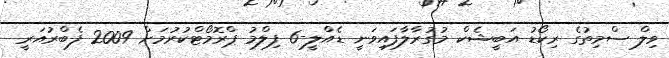
ވިލް ސްމިތުގެ ރިކޯޑު އަބީޝެކް މުގުރާލާފައިވަނީ ޑެއްލީ-6 ފިލްމު ޕްރޮމޯޓްކުރުމަށް 2009 ފެބްރުއަރީ